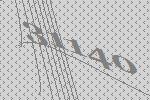
31140